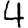
Digit: 4